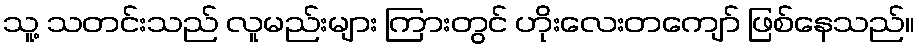
သူ့ သတင်းသည် လူမည်းများ ကြားတွင် ဟိုးလေးတကျော် ဖြစ်နေသည်။